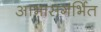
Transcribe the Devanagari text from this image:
आभासगर्भित